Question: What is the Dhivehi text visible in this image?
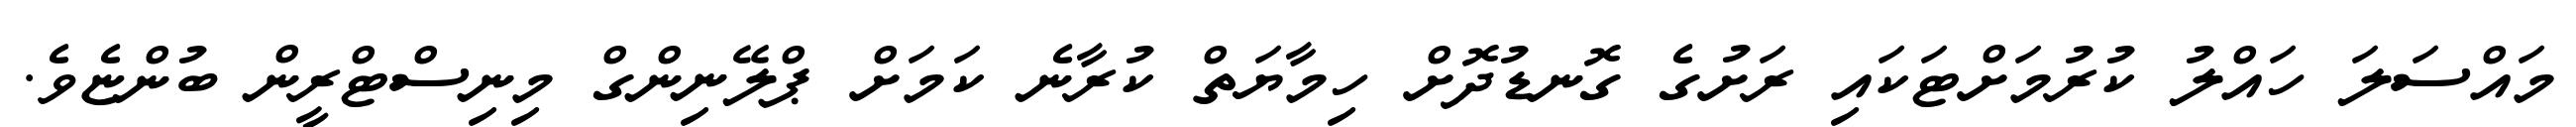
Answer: މައްސަލަ ހައްލު ކުރުމަށްޓަކައި ރަށުގެ ގޮނޑުދޮށް ހިމާޔަތް ކުރާނެ ކަމަށް ޕްލޭނިންގް މިނިސްޓްރީން ބުންޏެވެ.